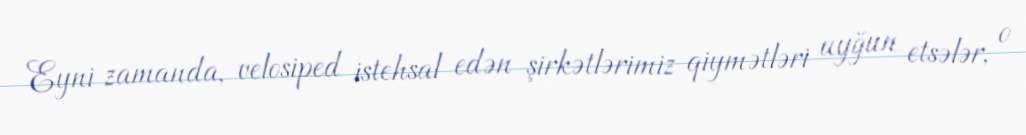
Eyni zamanda, velosiped istehsal edən şirkətlərimiz qiymətləri uyğun etsələr, o